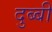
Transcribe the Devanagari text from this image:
दुब्बी